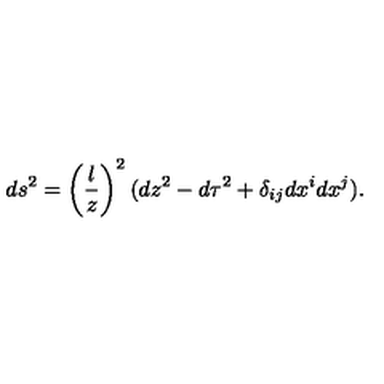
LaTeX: d s ^ { 2 } = \left( \frac { l } { z } \right) ^ { 2 } ( d z ^ { 2 } - d \tau ^ { 2 } + \delta _ { i j } d x ^ { i } d x ^ { j } ) .